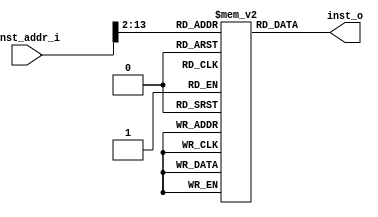
module rom(
    input [31:0] inst_addr_i,
    output reg [31:0] inst_o
);

    reg [31:0] rom_mem[0:4095]; // 2^124096  32b

    always@(*)begin
        inst_o <= rom_mem[inst_addr_i >> 2];
    end
endmodule